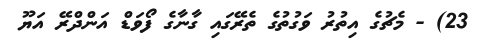
23) - މެޗުގެ އިތުރު ވަގުތުގެ ތެރޭގައި ގާނާގެ ފޯވަޑް އަންދްރޭ އަޔޫ